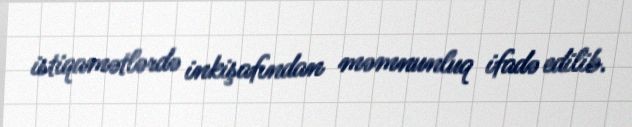
istiqamətlərdə inkişafından məmnunluq ifadə edilib.